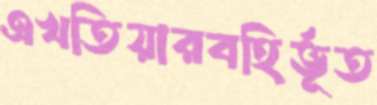
এখতিয়ারবহির্ভূত